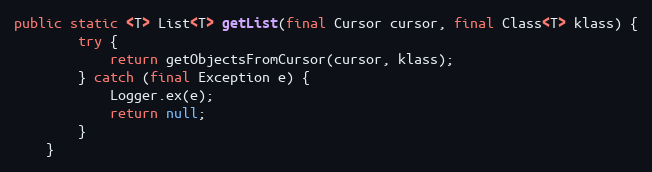
Language: Java
public static <T> List<T> getList(final Cursor cursor, final Class<T> klass) {
        try {
            return getObjectsFromCursor(cursor, klass);
        } catch (final Exception e) {
            Logger.ex(e);
            return null;
        }
    }